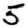
Digit: 5